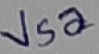
Text: Vsa